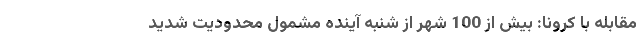
مقابله با کرونا: بیش از 100 شهر از شنبه آینده مشمول محدودیت شدید